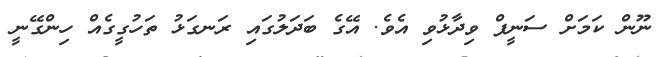
ނޫން ކަމަށް ސަނީފް ވިދާޅުވި އެވެ. އޭގެ ބަދަލުގައި ރަނގަޅު ތަހުގީގެއް ހިންގޭނީ